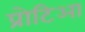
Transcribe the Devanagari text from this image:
प्रोटिआ